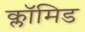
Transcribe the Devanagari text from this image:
क्लॉमिड